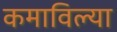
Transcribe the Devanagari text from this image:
कमाविल्या